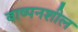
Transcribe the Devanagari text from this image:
बाष्पनशील